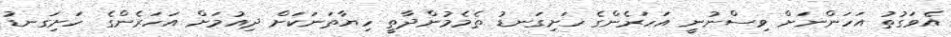
އެވަގުތު އަހަންނަށް ވިސްނުނީ އަހަރެންގެ ހަށިގަނޑު ތެމެމުންދާތީ ހިޔާތަނަކަށް ދިއުމަށް އަހަރެންގެ ހަށިގަނޑު